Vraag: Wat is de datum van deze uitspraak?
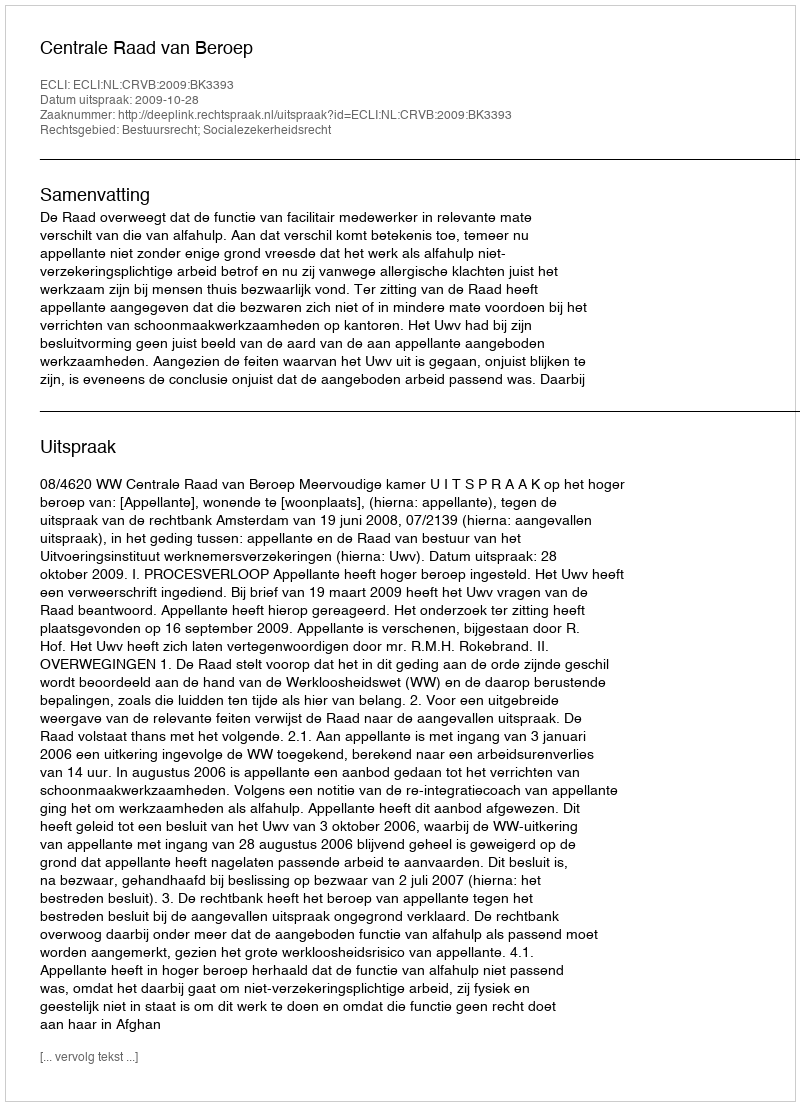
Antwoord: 2009-10-28